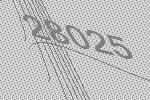
28025